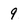
Character: 9